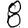
Digit: 8